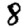
Digit: 8